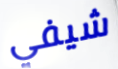
شيفي